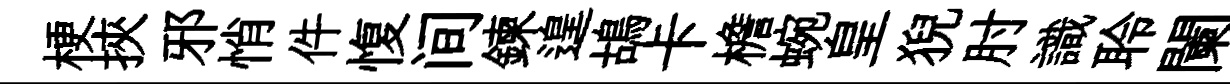
梗挾邪悄件愎间鍊遑鴣卡檐蜿皇猊肘識聆闌